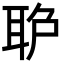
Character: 𦕔